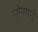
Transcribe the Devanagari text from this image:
नोनगरो